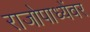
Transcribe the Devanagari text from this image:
राजोपाध्येंवर